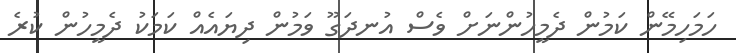
ހަމަހިމޭން ކަމުން ދެމީހުންނަށް ވެސް އުނދަގޫ ވަމުން ދިޔައެއް ކަމަކު ދެމީހުން ކުރެ